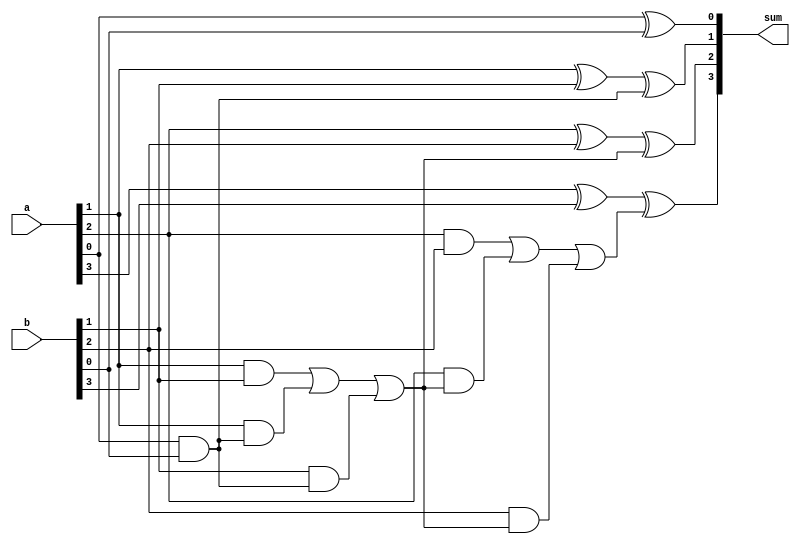
module manchester_carry_chain_adder (
    input wire [3:0] a,
    input wire [3:0] b,
    output wire [3:0] sum
);

wire [4:0] c;
assign c[0] = 1'b0; // Initial carry-in

genvar i;
generate
    for (i = 0; i < 4; i = i + 1) begin
        assign sum[i] = a[i] ^ b[i] ^ c[i];
        assign c[i + 1] = (a[i] & b[i]) | (a[i] & c[i]) | (b[i] & c[i]);
    end
endgenerate

endmodule